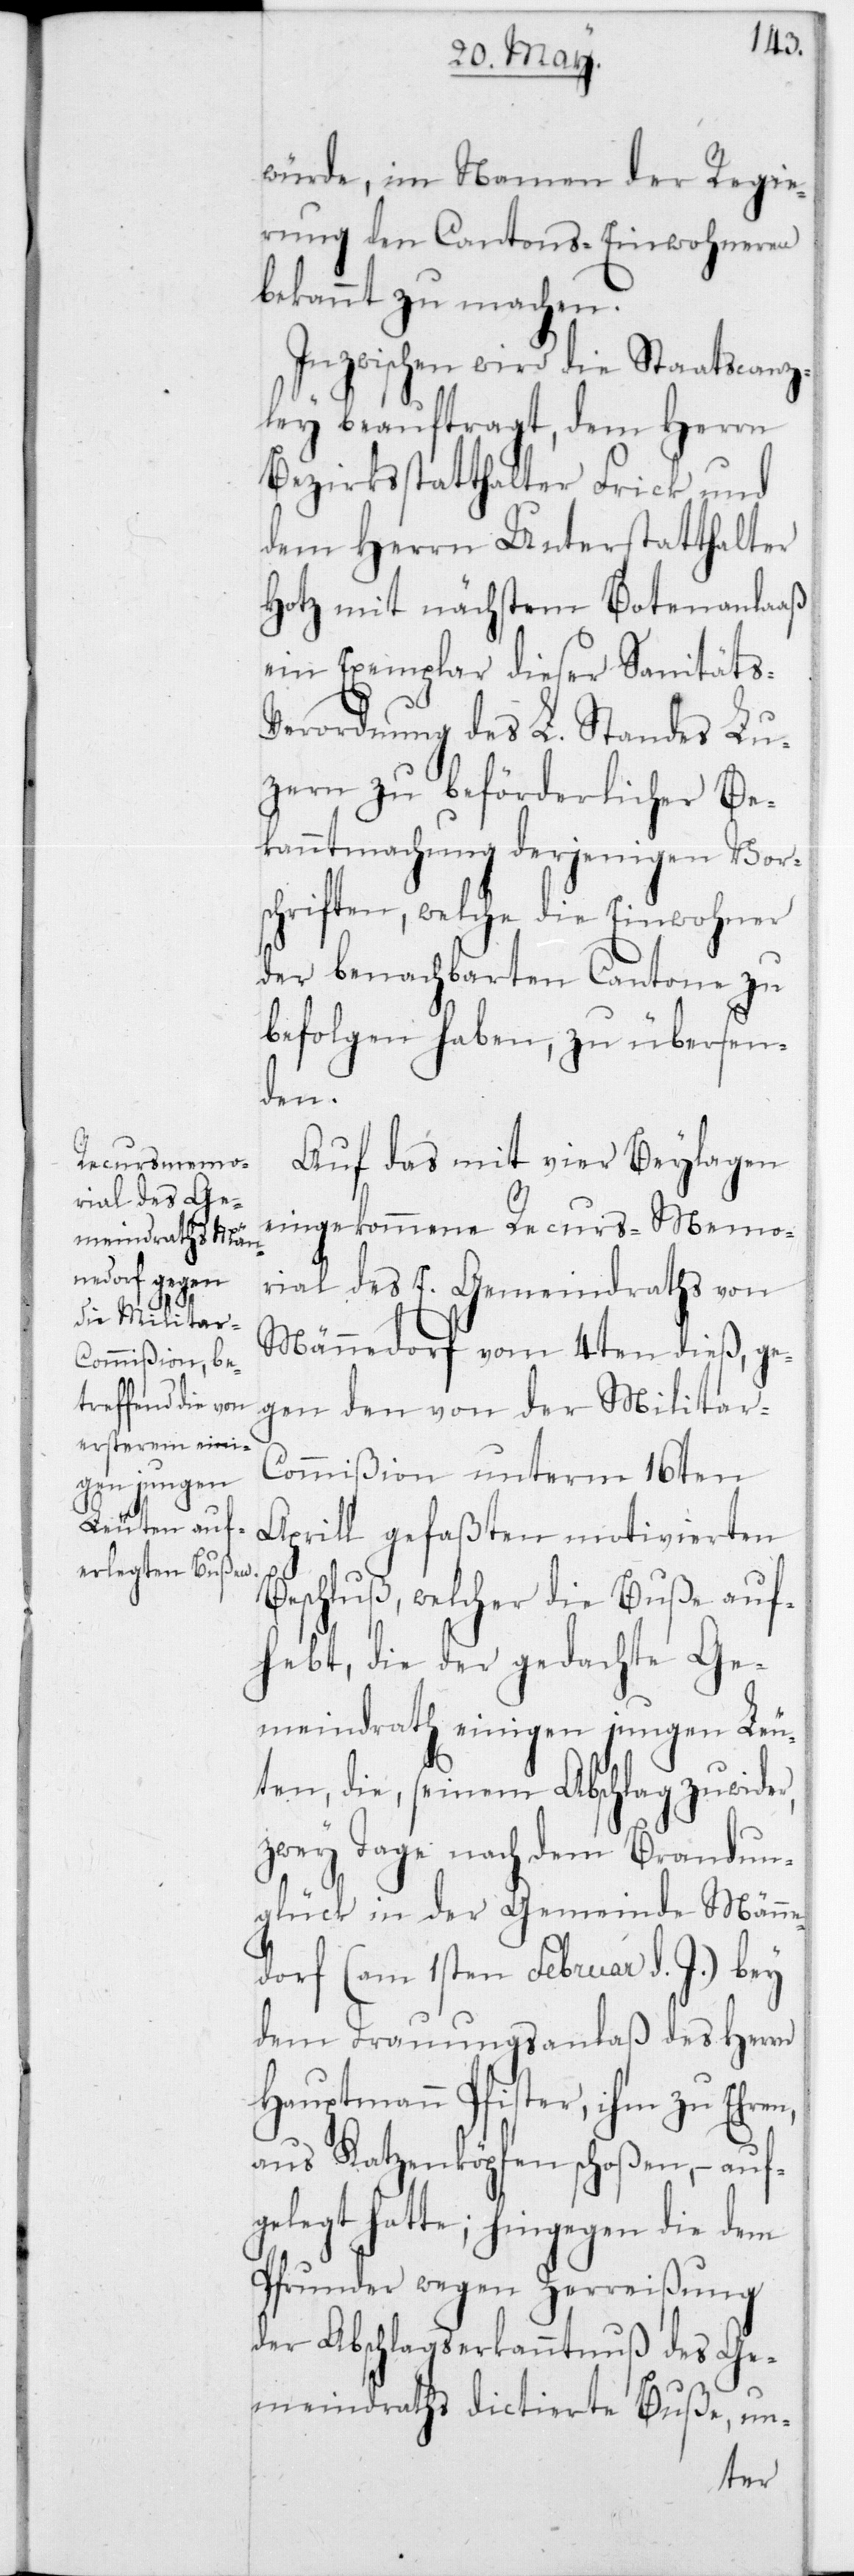
würde, im Namen der Regie¬
rung den Cantons-Einwohneren
bekannt zu machen.
Inzwischen wird die Staatscanz¬
ley beauftragt, dem Herrn
Bezirksstatthalter Frick und
dem Herrn Unterstatthalter
Hotz mit nächstem Botenanlaaß
ein Exemplar dieser Sanitäts-V¬
erordnung des L. Standes Lu¬
zern zu beförderlicher Be¬
kanntmachung derjenigen Vors¬
chriften, welche die Einwohner
der benachbarten Cantone zu
befolgen haben, zu übersen¬
den.
Auf das mit vier Beylagen
eingekommene Recurs-Memo¬
rial des E. Gemeindraths von
Männedorf vom 4ten dieß, ge¬
gen den von der Militar-C¬
ommißion unterm 16ten
Aprill gefaßten motivierten
Beschluß, welcher die Buße auf¬
hebt, die der gedachte Ge¬
meindrath einigen jungen Leu¬
ten, die, seinem Abschlag zuwider,
zwey Tage nach dem Brandun¬
glück in der Gemeinde Männe¬
dorf (am 1sten Februar d. J.) bey
dem Trauungsanlaß des Herrn
Hauptmann Pfister, ihm zu Ehren,
aus Katzenköpfen schoßen, – auf¬
gelegt hatte; hingegen die dem
Pfunder wegen Zerreißung
der Abschlagserkanntnuß des Ge¬
meindraths dictierte Buße, un-